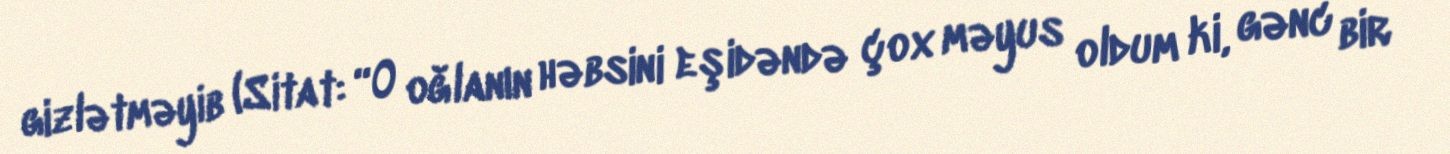
gizlətməyib (Sitat: “O oğlanın həbsini eşidəndə çox məyus oldum ki, gənc bir